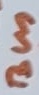
Text: Bus